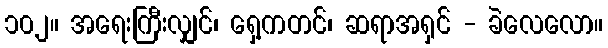
၁၀၂။ အရေးကြီးလျှင်၊ ရှေ့ကတင်၊ ဆရာအရှင် - ခဲလေလော။